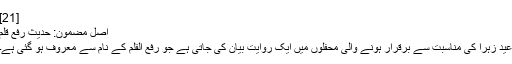
[21]
اصل مضمون: حدیث رفع قلم
عید زہرا کی مناسبت سے برقرار ہونے والی محفلوں میں ایک روایت بیان کی جاتی ہے جو رفع القلم کے نام سے معروف ہو گئی ہے۔